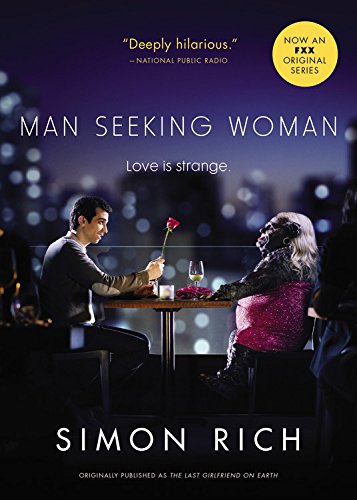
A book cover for Man Seeking Woman (originally published as The Last Girlfriend on Earth); Simon Rich; Romance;